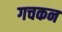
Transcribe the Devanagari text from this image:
गचकन